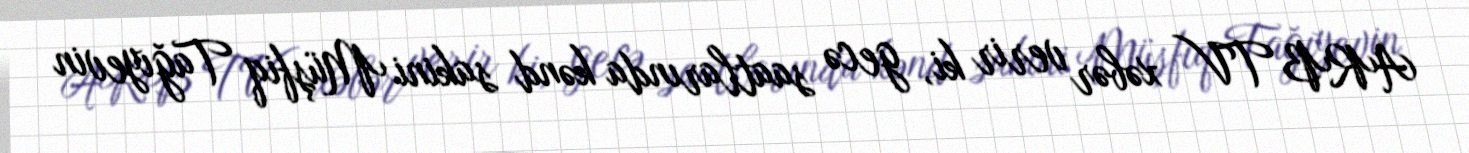
ARB TV xəbər verir ki, gecə saatlarında kənd sakini Müşfiq Tağıyevin